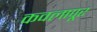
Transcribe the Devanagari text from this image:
कवलापूर